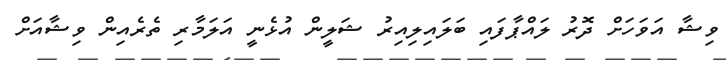
ވިޝާ އަވަހަށް ދޮރު ލައްޕާފައި ބަލައިލިއިރު ޝަލީން އުޅެނީ އަލަމާރި ތެރެއިން ވިޝާއަށް